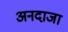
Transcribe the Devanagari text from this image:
अनदाजा